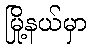
မြို့နယ်မှာ